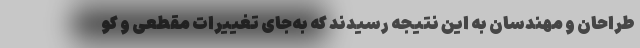
طراحان و مهندسان به این نتیجه رسیدند که به‌جای تغییرات مقطعی و کو